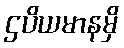
ဌပိယမာနမှိ